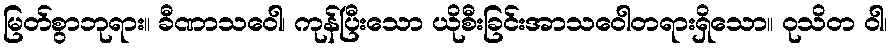
မြတ်စွာဘုရား။ ခီဏာသဝေါ၊ ကုန်ပြီးသော ယိုစီးခြင်းအာသဝေါတရားရှိသော။ ဝုသိတ ဝါ၊